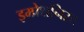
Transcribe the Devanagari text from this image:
इम्प्रेशनिस्ट